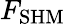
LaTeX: F_{\mathrm{SHM}}